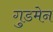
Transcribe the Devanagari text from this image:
गुडमेन